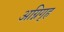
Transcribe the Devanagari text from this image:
अग्निगृह